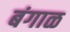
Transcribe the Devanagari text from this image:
बंगाळ